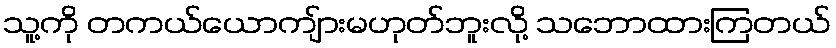
သူ့ကို တကယ်ယောကျ်ားမဟုတ်ဘူးလို့ သဘောထားကြတယ်